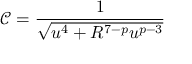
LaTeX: \mathcal { C } = \frac { 1 } { \sqrt { u ^ { 4 } + R ^ { 7 - p } u ^ { p - 3 } } }